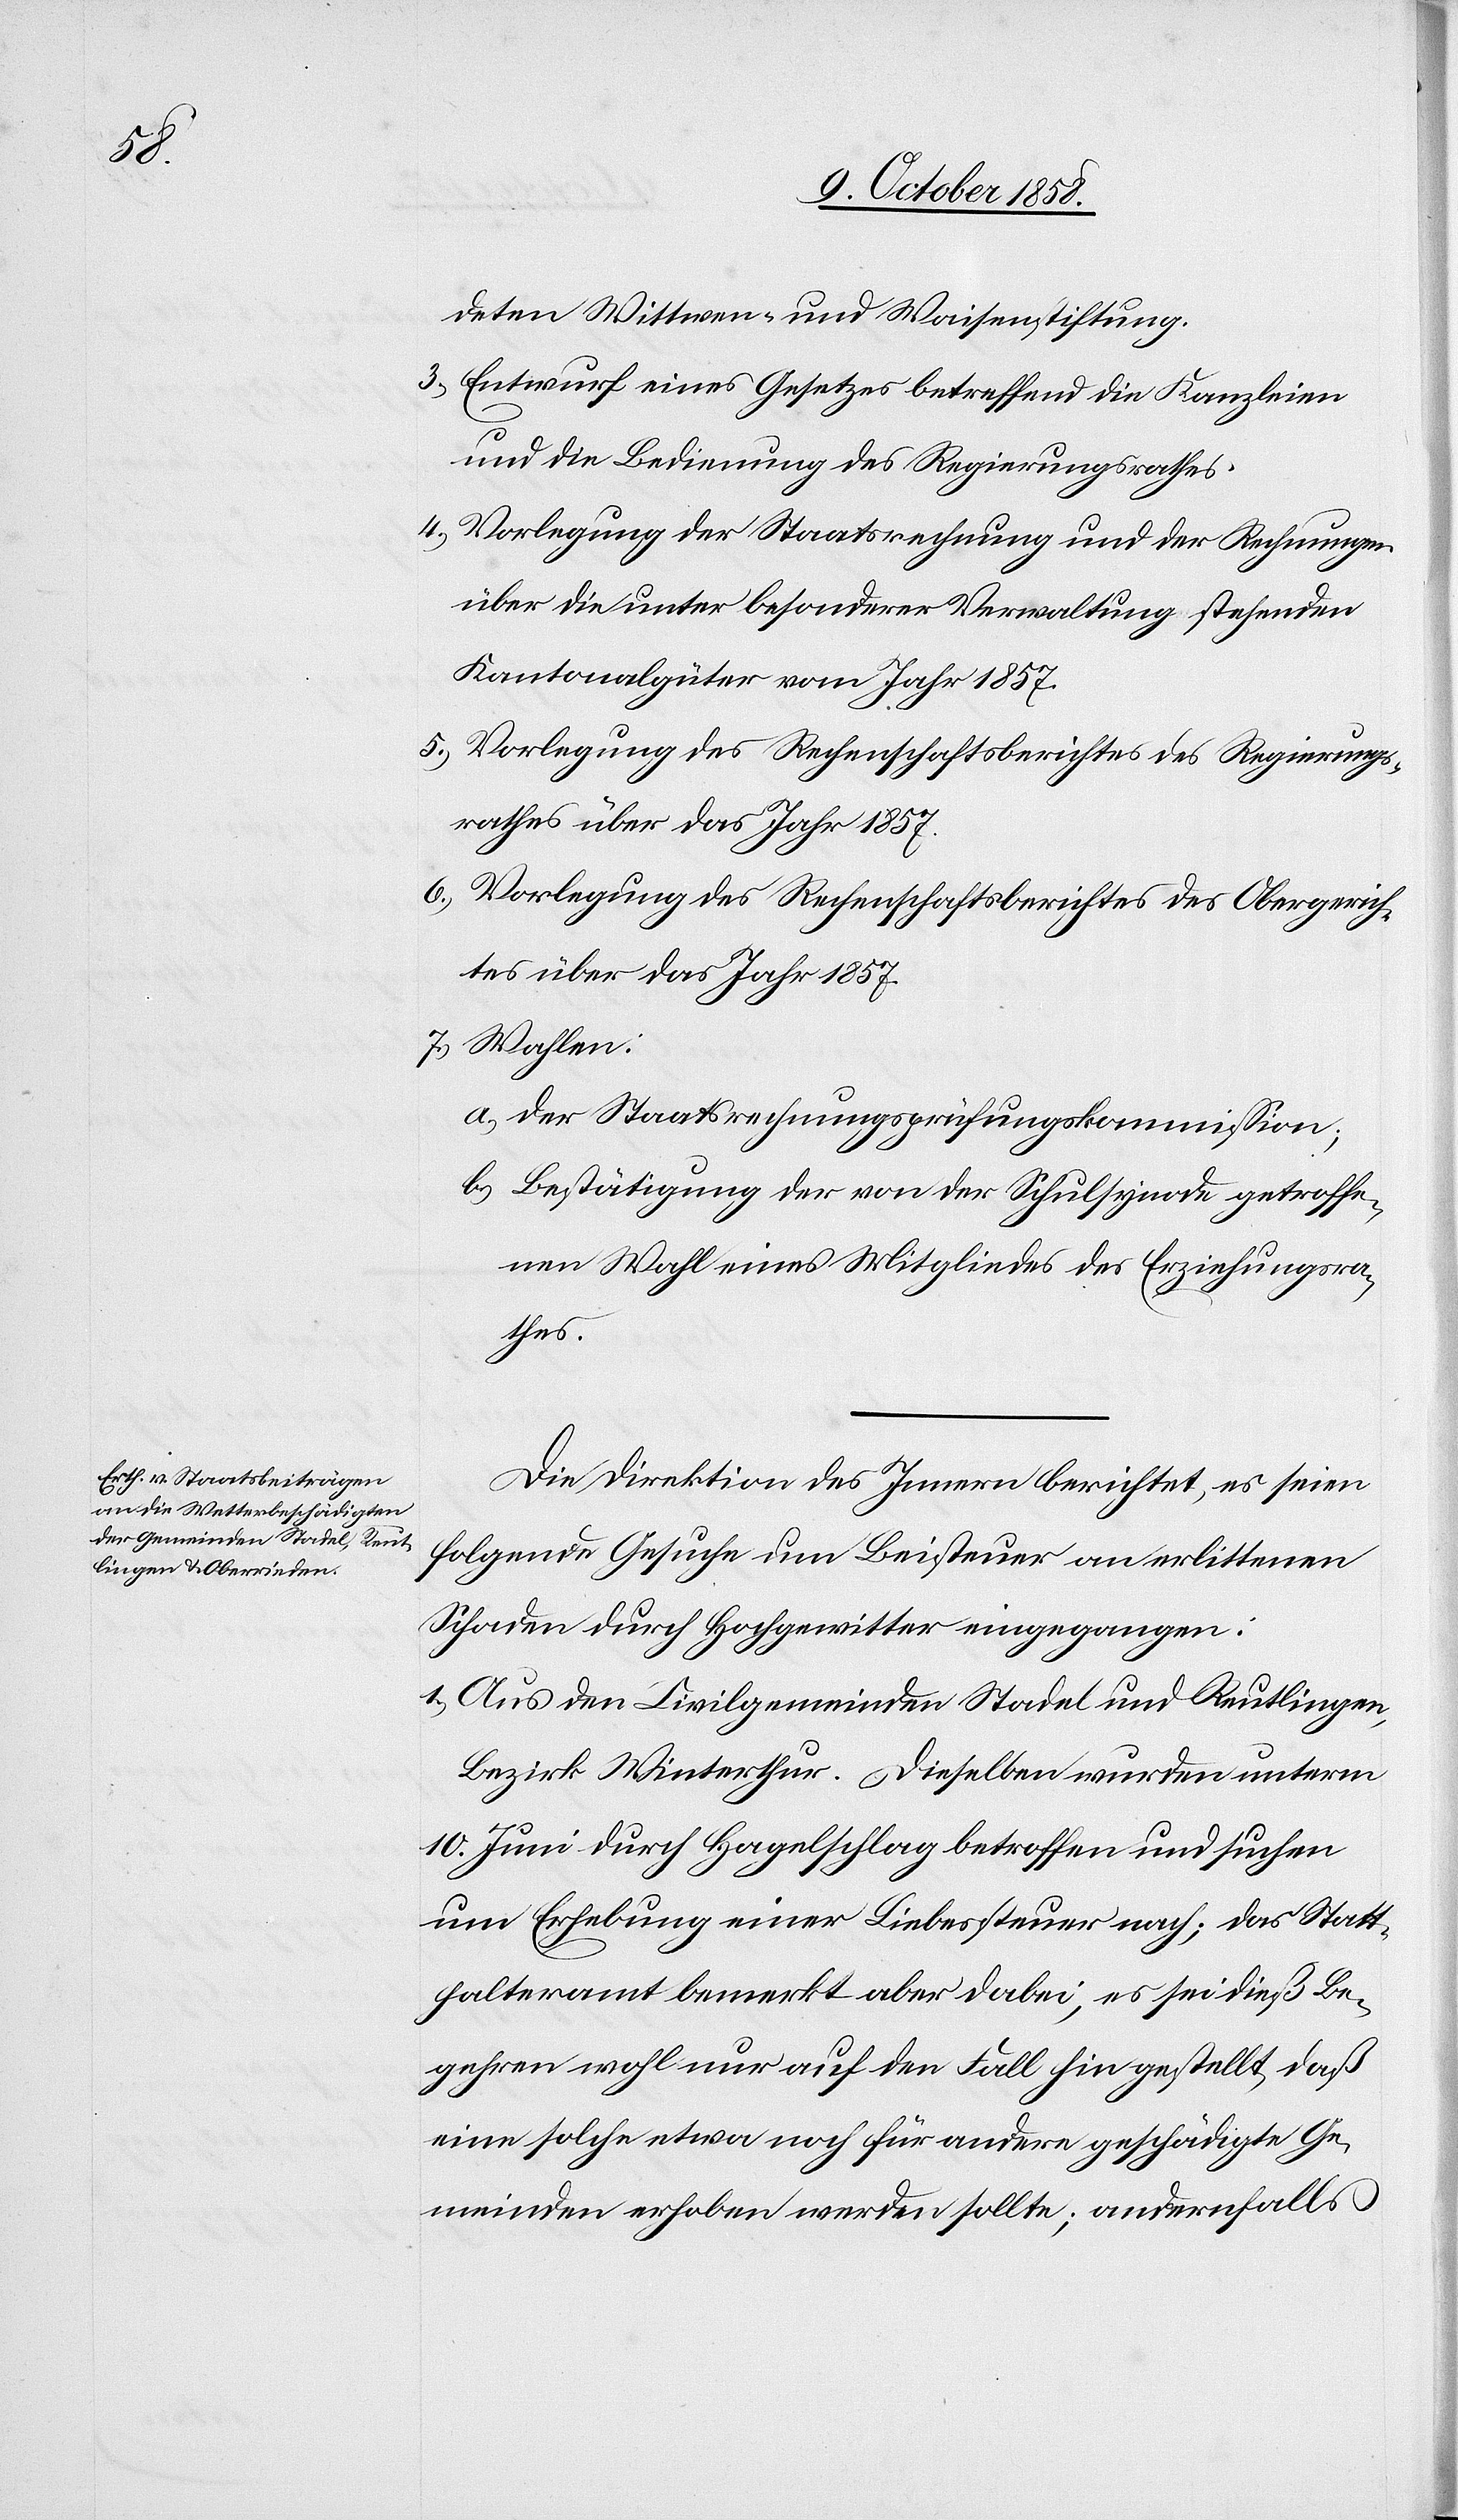
deten Wittwen- und Waisenstiftung.
Entwurf eines Gesetzes betreffend die Kanzleien
a.)
und die Bedienung des Regierungsrathes.
Vorlegung der Staatsrechnung und der Rechnungen
über die unter besonderer Verwaltung stehenden
Kantonalgüter vom Jahr 1857.
Vorlegung des Rechenschaftsberichtes des Regierungs¬
rathes über das Jahr 1857.
Vorlegung des Rechenschaftsberichtes des Obergerich¬
tes über das Jahr 1857.
der Staatsrechnungsprüfungskommission;
Bestätigung der von der Schulsynode getroffe¬
nen Wahl eines Mitgliedes des Erziehungsra¬
thes.
Die Direktion des Innern berichtet, es seien
folgende Gesuche um Beisteuer an erlittenen
Schaden durch Hochgewitter eingegangen:
1.) Aus den Civilgemeinden Stadel und Reutlingen,
Bezirk Winterthur. Dieselben wurden unterm
10. Juni durch Hagelschlag betroffen und suchen
um Erhebung einer Liebessteuer nach; das Statt¬
halteramt bemerkt aber dabei, es sei dieß Be¬
gehren wohl nur auf den Fall hin gestellt, daß
eine solche etwa noch für andere geschädigte Ge¬
meinden erhoben werden sollte; andernfalls